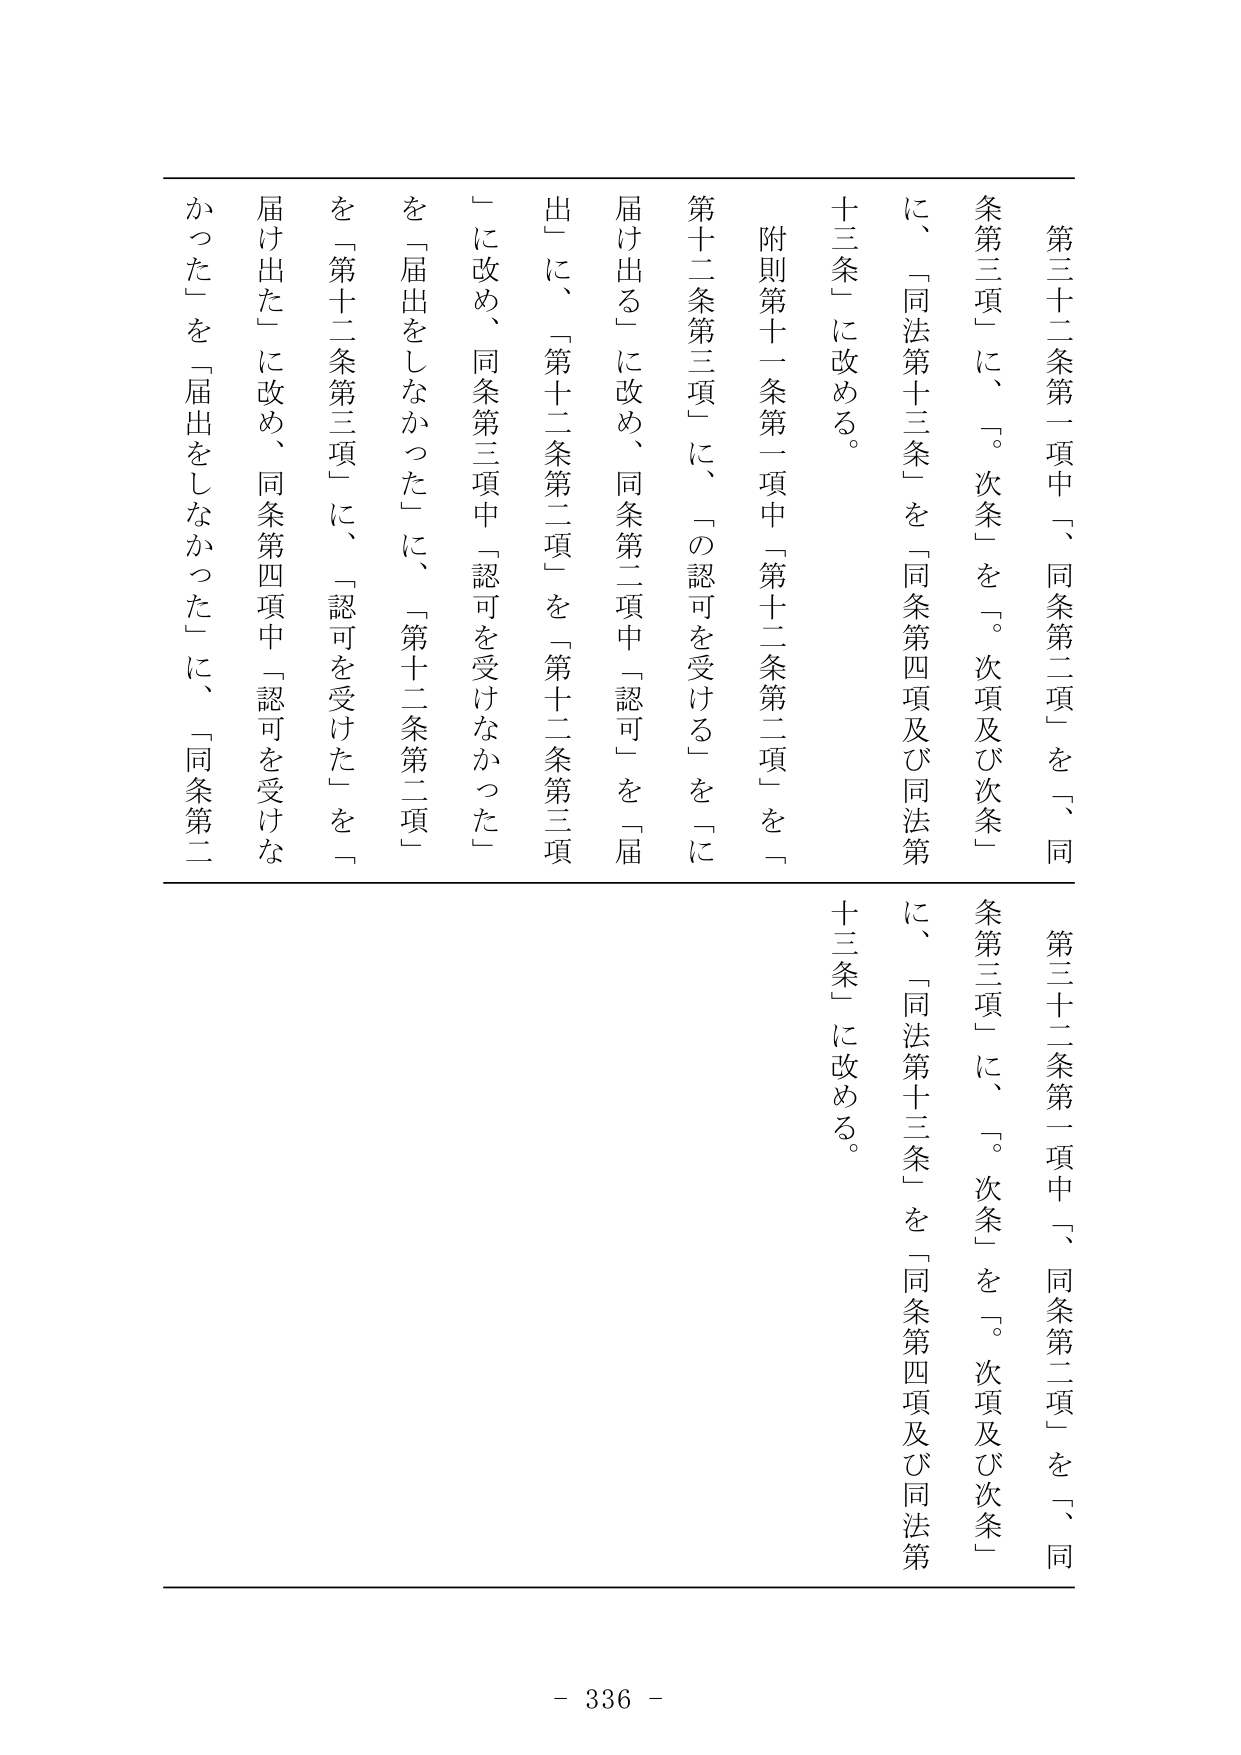
第三十二条第一項中「同条第二項」を「同条第三項」に、「。次条」を「。次項及び次条」に、「同法第十三条」を「同条第四項及び同法第十三条」に改める。

附則第十一条第一項中「第十二条第二項」を「第十二条第三項」に、「の認可を受ける」を「に届け出る」に改め、同条第二項中「認可」を「届出」に、「第十二条第二項」を「第十二条第三項」に改め、同条第三項中「認可を受けなかった」を「届出をしなかった」に、「第十二条第二項」を「第十二条第三項」に、「認可を受けた」を「届け出た」に改め、同条第四項中「認可を受けなかった」を「届出をしなかった」に、「同条第二

第三十二条第一項中「同条第二項」を「同条第三項」に、「。次条」を「。次項及び次条」に、「同法第十三条」を「同条第四項及び同法第十三条」に改める。

- 336 -